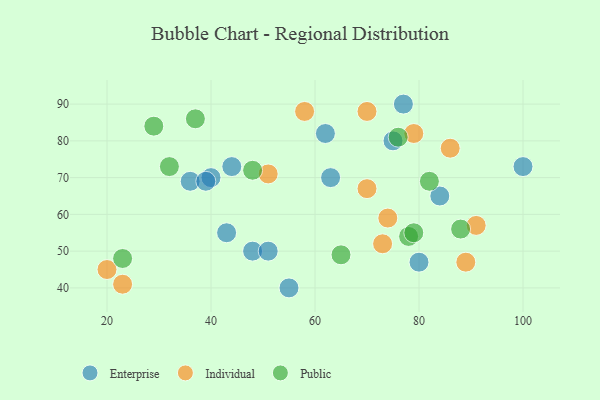
{"axis": {"x": "GDP", "y": "Life Expectancy"}, "legend": ["Enterprise", "Individual", "Public"], "data": [{"x": "48", "y": 50, "type": "Enterprise"}, {"x": "55", "y": 40, "type": "Enterprise"}, {"x": "77", "y": 90, "type": "Enterprise"}, {"x": "43", "y": 55, "type": "Enterprise"}, {"x": "62", "y": 82, "type": "Enterprise"}, {"x": "84", "y": 65, "type": "Enterprise"}, {"x": "44", "y": 73, "type": "Enterprise"}, {"x": "100", "y": 73, "type": "Enterprise"}, {"x": "75", "y": 80, "type": "Enterprise"}, {"x": "80", "y": 47, "type": "Enterprise"}, {"x": "36", "y": 69, "type": "Enterprise"}, {"x": "51", "y": 50, "type": "Enterprise"}, {"x": "63", "y": 70, "type": "Enterprise"}, {"x": "40", "y": 70, "type": "Enterprise"}, {"x": "39", "y": 69, "type": "Enterprise"}, {"x": "91", "y": 57, "type": "Individual"}, {"x": "74", "y": 59, "type": "Individual"}, {"x": "20", "y": 45, "type": "Individual"}, {"x": "23", "y": 41, "type": "Individual"}, {"x": "73", "y": 52, "type": "Individual"}, {"x": "70", "y": 67, "type": "Individual"}, {"x": "86", "y": 78, "type": "Individual"}, {"x": "51", "y": 71, "type": "Individual"}, {"x": "70", "y": 88, "type": "Individual"}, {"x": "79", "y": 82, "type": "Individual"}, {"x": "89", "y": 47, "type": "Individual"}, {"x": "58", "y": 88, "type": "Individual"}, {"x": "65", "y": 49, "type": "Public"}, {"x": "88", "y": 56, "type": "Public"}, {"x": "23", "y": 48, "type": "Public"}, {"x": "78", "y": 54, "type": "Public"}, {"x": "37", "y": 86, "type": "Public"}, {"x": "79", "y": 55, "type": "Public"}, {"x": "32", "y": 73, "type": "Public"}, {"x": "76", "y": 81, "type": "Public"}, {"x": "48", "y": 72, "type": "Public"}, {"x": "29", "y": 84, "type": "Public"}, {"x": "82", "y": 69, "type": "Public"}]}